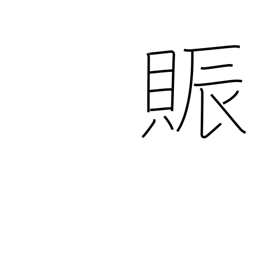
Meaning: flourish